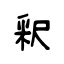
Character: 釈